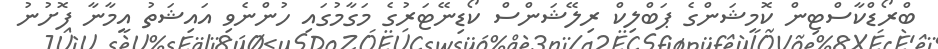
ބްރޯޑްކާސްޓިން ކޮމިޝަންގެ ޕަބްލިކް ރިލޭޝަންސް ކޯޑިނޭޓަރުގެ މަގާމުގައި ހުންނެވި އައިޝަތު އީމާނާ ފޮށުނު